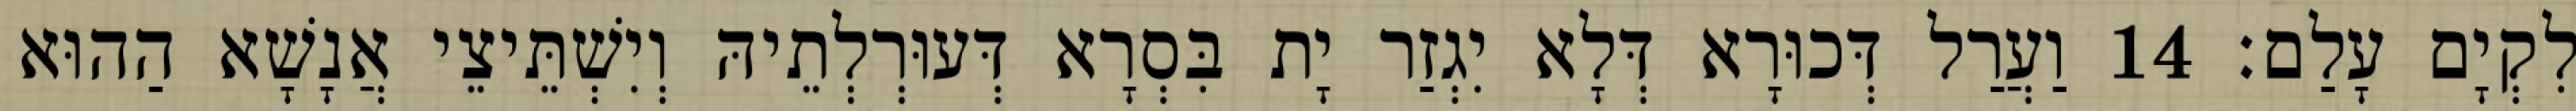
לִקְיָם עָלַם׃ 14 וַעֲרַל דְּכוּרָא דְּלָא יִגְזַר יָת בִּסְרָא דְּעוּרְלְתֵיהּ וְיִשְׁתֵּיצֵי אֲנָשָׁא הַהוּא